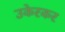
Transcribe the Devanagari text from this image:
उकेरकर